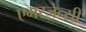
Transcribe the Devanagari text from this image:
एमरजेन्सी